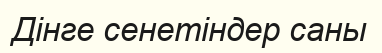
Дінге сенетіндер саны